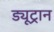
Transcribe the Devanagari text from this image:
ड्यूट्रान